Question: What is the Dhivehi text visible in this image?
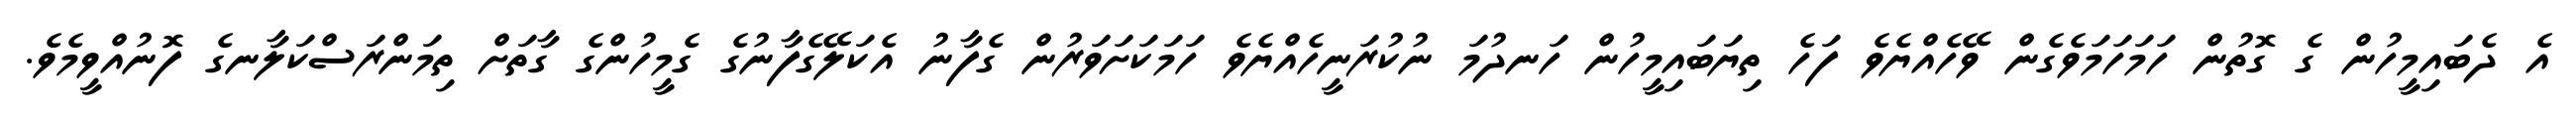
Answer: އެ ދެބައިމީހުން ގެ ގޮތުން ހަމަހަމަވެގެން ވޭހެއްޔެވެ ފަހެ ތިޔަބައިމީހުން ހަނދުމަ ނުކުރަނީހެއްޔެވެ ހަމަކަށަވަރުން ގެފާނު އެކަލޭގެފާނުގެ ގެމީހުންގެ ގާތަށް ތިމަންރަސްކަލާނގެ ފޮނުއްވީމެވެ.